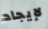
لإيجاد